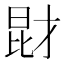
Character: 𱠋